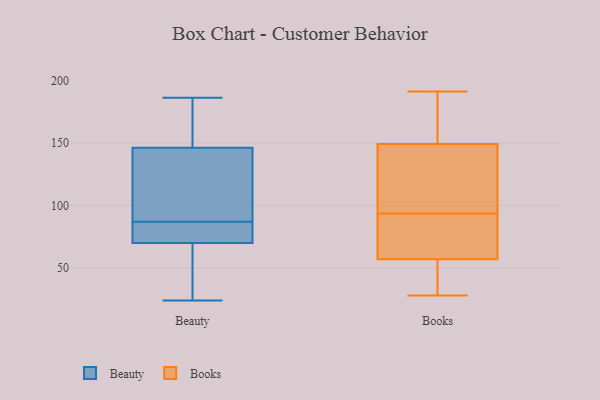
{"axis": {"x": "Energy Usage (MWh)", "y": "Value"}, "legend": ["Beauty", "Books"], "data": [{"x": "", "y": 163, "type": "Beauty"}, {"x": "", "y": 65, "type": "Beauty"}, {"x": "", "y": 37, "type": "Beauty"}, {"x": "", "y": 94, "type": "Beauty"}, {"x": "", "y": 150, "type": "Beauty"}, {"x": "", "y": 24, "type": "Beauty"}, {"x": "", "y": 186, "type": "Beauty"}, {"x": "", "y": 86, "type": "Beauty"}, {"x": "", "y": 172, "type": "Beauty"}, {"x": "", "y": 81, "type": "Beauty"}, {"x": "", "y": 87, "type": "Beauty"}, {"x": "", "y": 109, "type": "Beauty"}, {"x": "", "y": 65, "type": "Beauty"}, {"x": "", "y": 142, "type": "Beauty"}, {"x": "", "y": 87, "type": "Beauty"}, {"x": "", "y": 75, "type": "Beauty"}, {"x": "", "y": 57, "type": "Books"}, {"x": "", "y": 52, "type": "Books"}, {"x": "", "y": 157, "type": "Books"}, {"x": "", "y": 28, "type": "Books"}, {"x": "", "y": 191, "type": "Books"}, {"x": "", "y": 189, "type": "Books"}, {"x": "", "y": 149, "type": "Books"}, {"x": "", "y": 128, "type": "Books"}, {"x": "", "y": 79, "type": "Books"}, {"x": "", "y": 43, "type": "Books"}, {"x": "", "y": 78, "type": "Books"}, {"x": "", "y": 94, "type": "Books"}, {"x": "", "y": 93, "type": "Books"}, {"x": "", "y": 119, "type": "Books"}]}